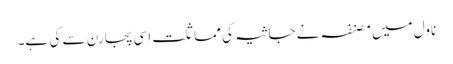
ناول میں مصنفہ نے جاثیہ کی مماثلت اسی پجارن سے کی ہے۔